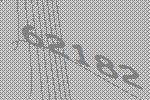
62182